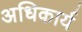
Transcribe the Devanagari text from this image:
अधिकार्य